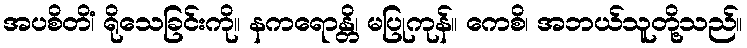
အပစိတိံ၊ ရိုသေခြင်းကို။ နကရောန္တိ၊ မပြုကုန်။ ကေစိ၊ အဘယ်သူတို့သည်။